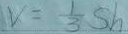
V = \frac { 1 } { 3 } s h